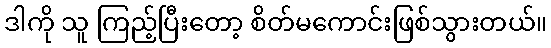
ဒါကို သူ ကြည့်ပြီးတော့ စိတ်မကောင်းဖြစ်သွားတယ်။